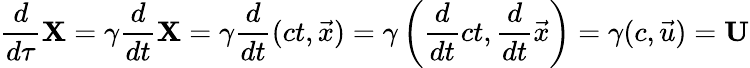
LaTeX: {\frac{d}{d\tau}}\mathbf{X}=\gamma{\frac{d}{dt}}\mathbf{X}=\gamma{\frac{d}{dt}}(ct,{\vec{x}})=\gamma\left({\frac{d}{dt}}ct,{\frac{d}{dt}}{\vec{x}}\right)=\gamma(c,{\vec{u}})=\mathbf{U}